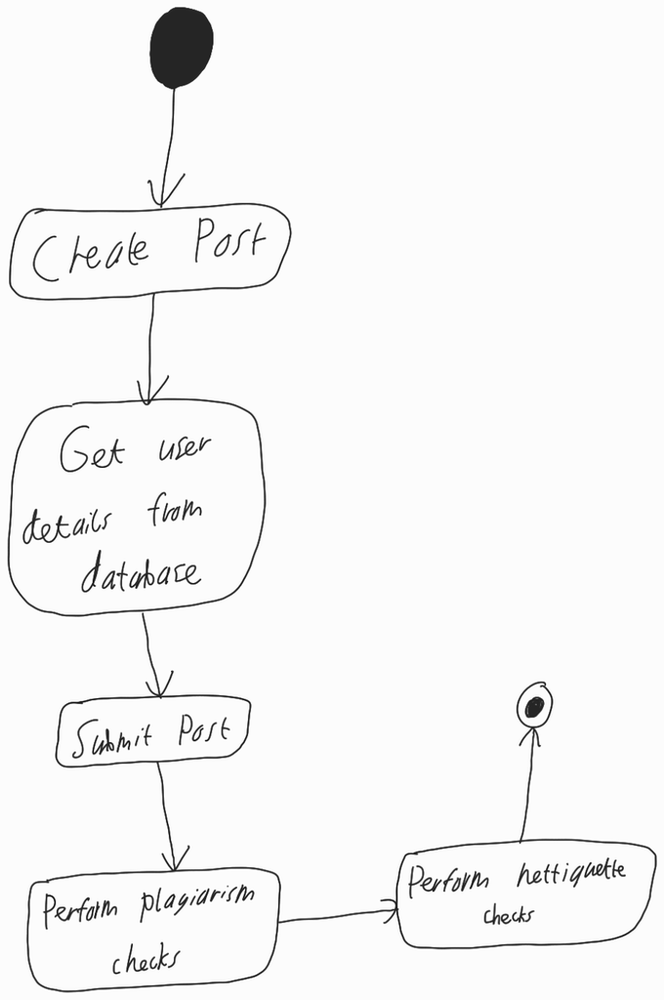
Diagram type: activity_diagram
```plantuml
@startuml

start

:Create Post;

:Get user details from database;

:Submit Post;

:Perform plagiarism checks;

:Perform nettiquette checks;

stop

@enduml
```